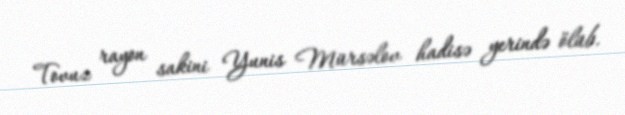
Tovuz rayon sakini Yunis Mürsəlov hadisə yerində ölüb.